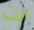
انت